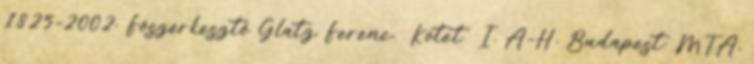
1825-2002. Főszerkesztő Glatz Ferenc. Kötet I. A–H. Budapest: MTA,